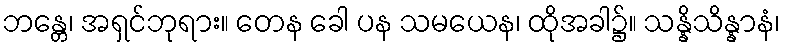
ဘန္တေ၊ အရှင်ဘုရား။ တေန ခေါ ပန သမယေန၊ ထိုအခါ၌။ သန္နိသိန္နာနံ၊